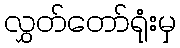
လွှတ်တော်ရုံးမှ